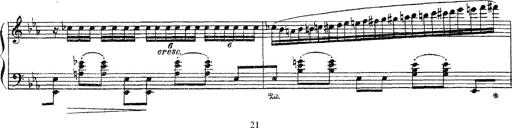
Title: Apparitions
Composer: Franz Liszt